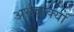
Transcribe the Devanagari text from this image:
अर्धवाक्यों